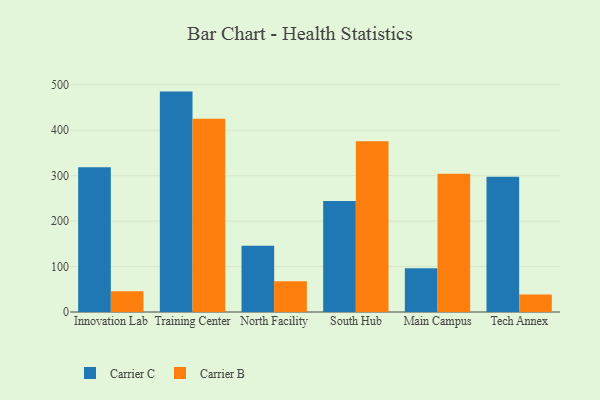
{"axis": {"x": "Campus", "y": "Inventory Turnover"}, "legend": ["Carrier B", "Carrier C"], "data": [{"x": "Innovation Lab", "y": 318.8, "type": "Carrier C"}, {"x": "Innovation Lab", "y": 45.4, "type": "Carrier B"}, {"x": "Training Center", "y": 485.1, "type": "Carrier C"}, {"x": "Training Center", "y": 425.4, "type": "Carrier B"}, {"x": "North Facility", "y": 146.0, "type": "Carrier C"}, {"x": "North Facility", "y": 67.6, "type": "Carrier B"}, {"x": "South Hub", "y": 244.3, "type": "Carrier C"}, {"x": "South Hub", "y": 376.0, "type": "Carrier B"}, {"x": "Main Campus", "y": 96.2, "type": "Carrier C"}, {"x": "Main Campus", "y": 304.5, "type": "Carrier B"}, {"x": "Tech Annex", "y": 297.6, "type": "Carrier C"}, {"x": "Tech Annex", "y": 38.7, "type": "Carrier B"}]}